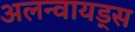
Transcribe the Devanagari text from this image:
अलन्वायड्स